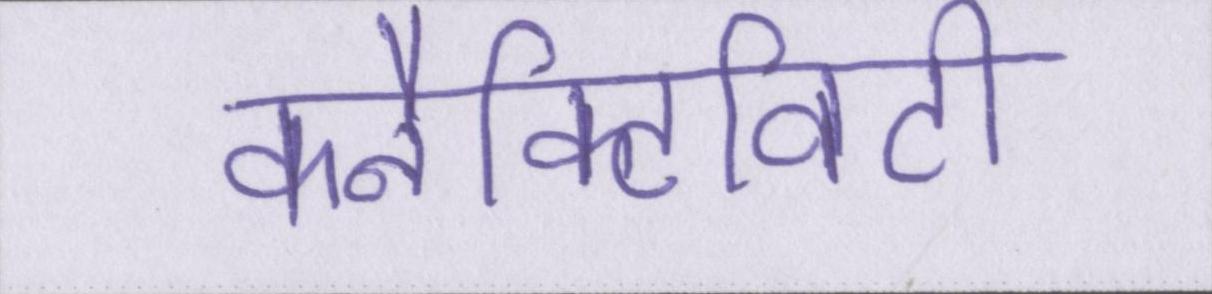
कनैक्टिविटी